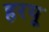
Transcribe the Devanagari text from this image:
हरयू